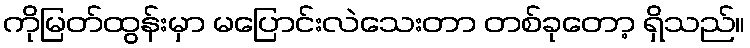
ကိုမြတ်ထွန်းမှာ မပြောင်းလဲသေးတာ တစ်ခုတော့ ရှိသည်။